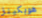
هوبكينز